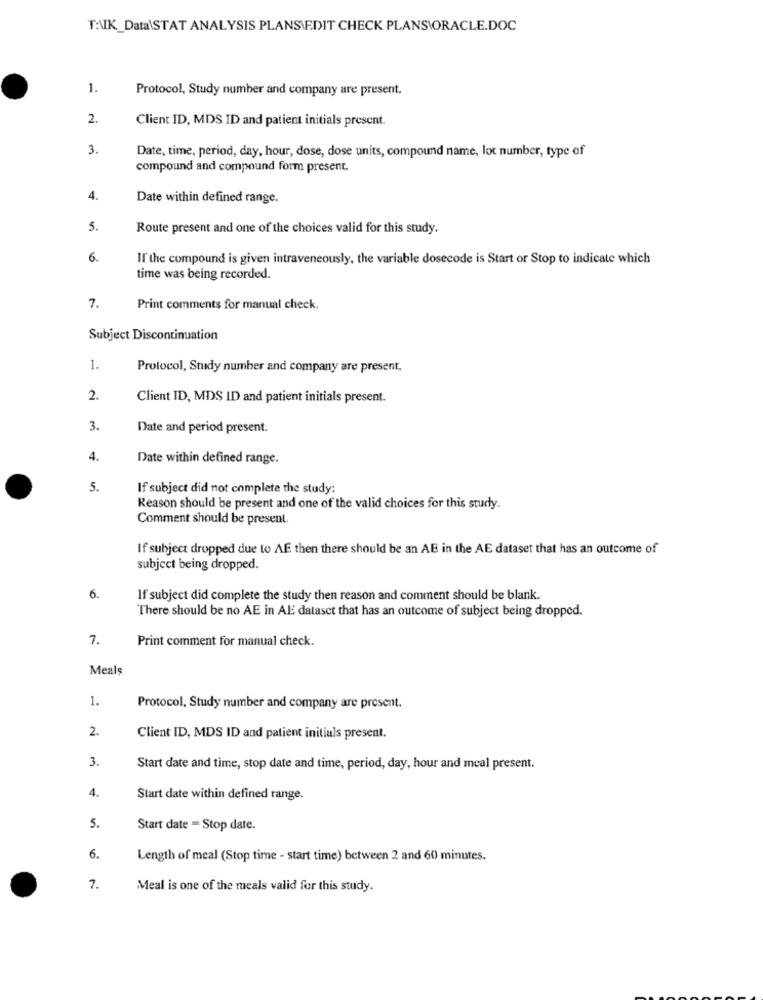
T:\K_Data\STAT ANALYSIS PLANSIEDIT CHECK PLANS\ORACLE.DOC
1.
Protocol, Study number and company are present.
2.
Client ID, MDS ID and patient initials present.
3.
Date, time, period, day, hour, dose, dose units, compound name, lot number, type of
compound and compound form present.
4.
Date within defined range.
5.
Route present and one of the choices valid for this study.
6.
If the compound is given intraveneously, the variable dosecode is Start or Stop to indicate which
time was being recorded.
7.
Print comments for manual check.
Subject Discontinuation
1.
Protocol, Study number and company are present.
2.
Client ID, MDS ID and patient initials present.
3.
Date and period present.
4.
Date within defined range.
5.
If subject did not complete the study:
Reason should be present and one of the valid choices for this study.
Comment should be present.
If subject dropped due to AE then there should be an AE in the AE dataset that has an outcome of
subject being dropped.
6.
If subject did complete the study then reason and comment should be blank.
There should be no AE in AE dataset that has an outcome of subject being dropped.
7.
Print comment for manual check.
Meals
1.
Protocol, Study number and company are present.
2.
Client ID, MDS ID and patient initials present.
3.
Start date and time, stop date and time, period, day, hour and mcal present.
4.
Start date within defined range.
5.
Start date - Stop date.
6.
Length of meal (Stop time - start time) between 2 and 60 minutes.
7.
Meal is one of the meals valid for this study.